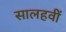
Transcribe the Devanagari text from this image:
सालहवीं